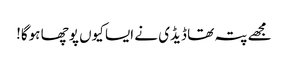
مجھے پتہ تھا ڈیڈی نے ایسا کیوں پوچھا ہوگا!